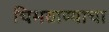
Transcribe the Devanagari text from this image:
चिमठाण्याचा